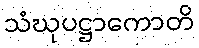
သံဃုပဋ္ဌာကောတိ